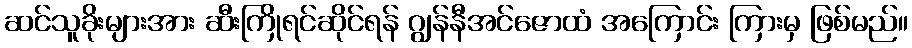
ဆင်သူခိုးများအား ဆီးကြိုရင်ဆိုင်ရန် ဂျွန်နီအင်ဇောထံ အကြောင်း ကြားမှ ဖြစ်မည်။